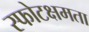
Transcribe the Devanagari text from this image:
स्फोटक्षमता